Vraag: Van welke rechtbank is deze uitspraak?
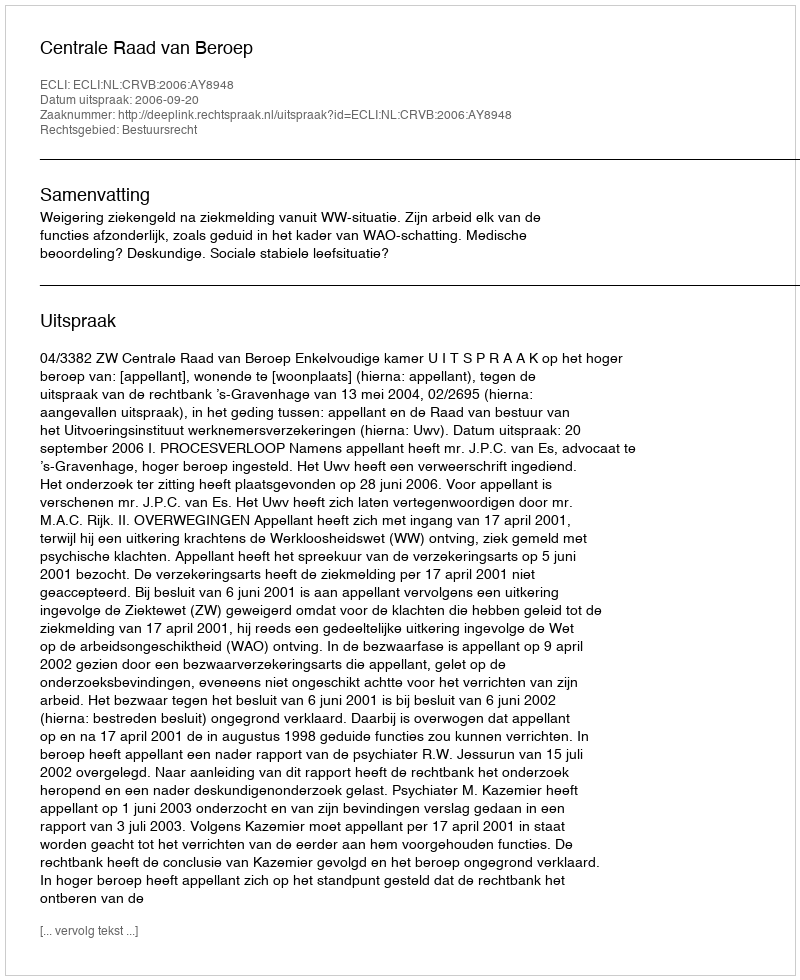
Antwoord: Centrale Raad van Beroep